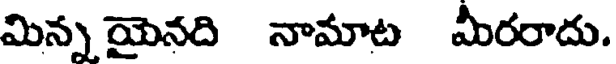
మిన్న యైనది నామాట మీరరాదు.